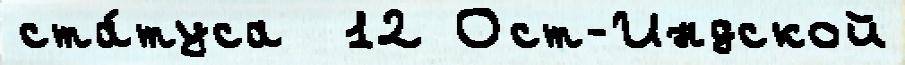
ста́туса  12 Ост-Индской